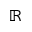
\mathbb R